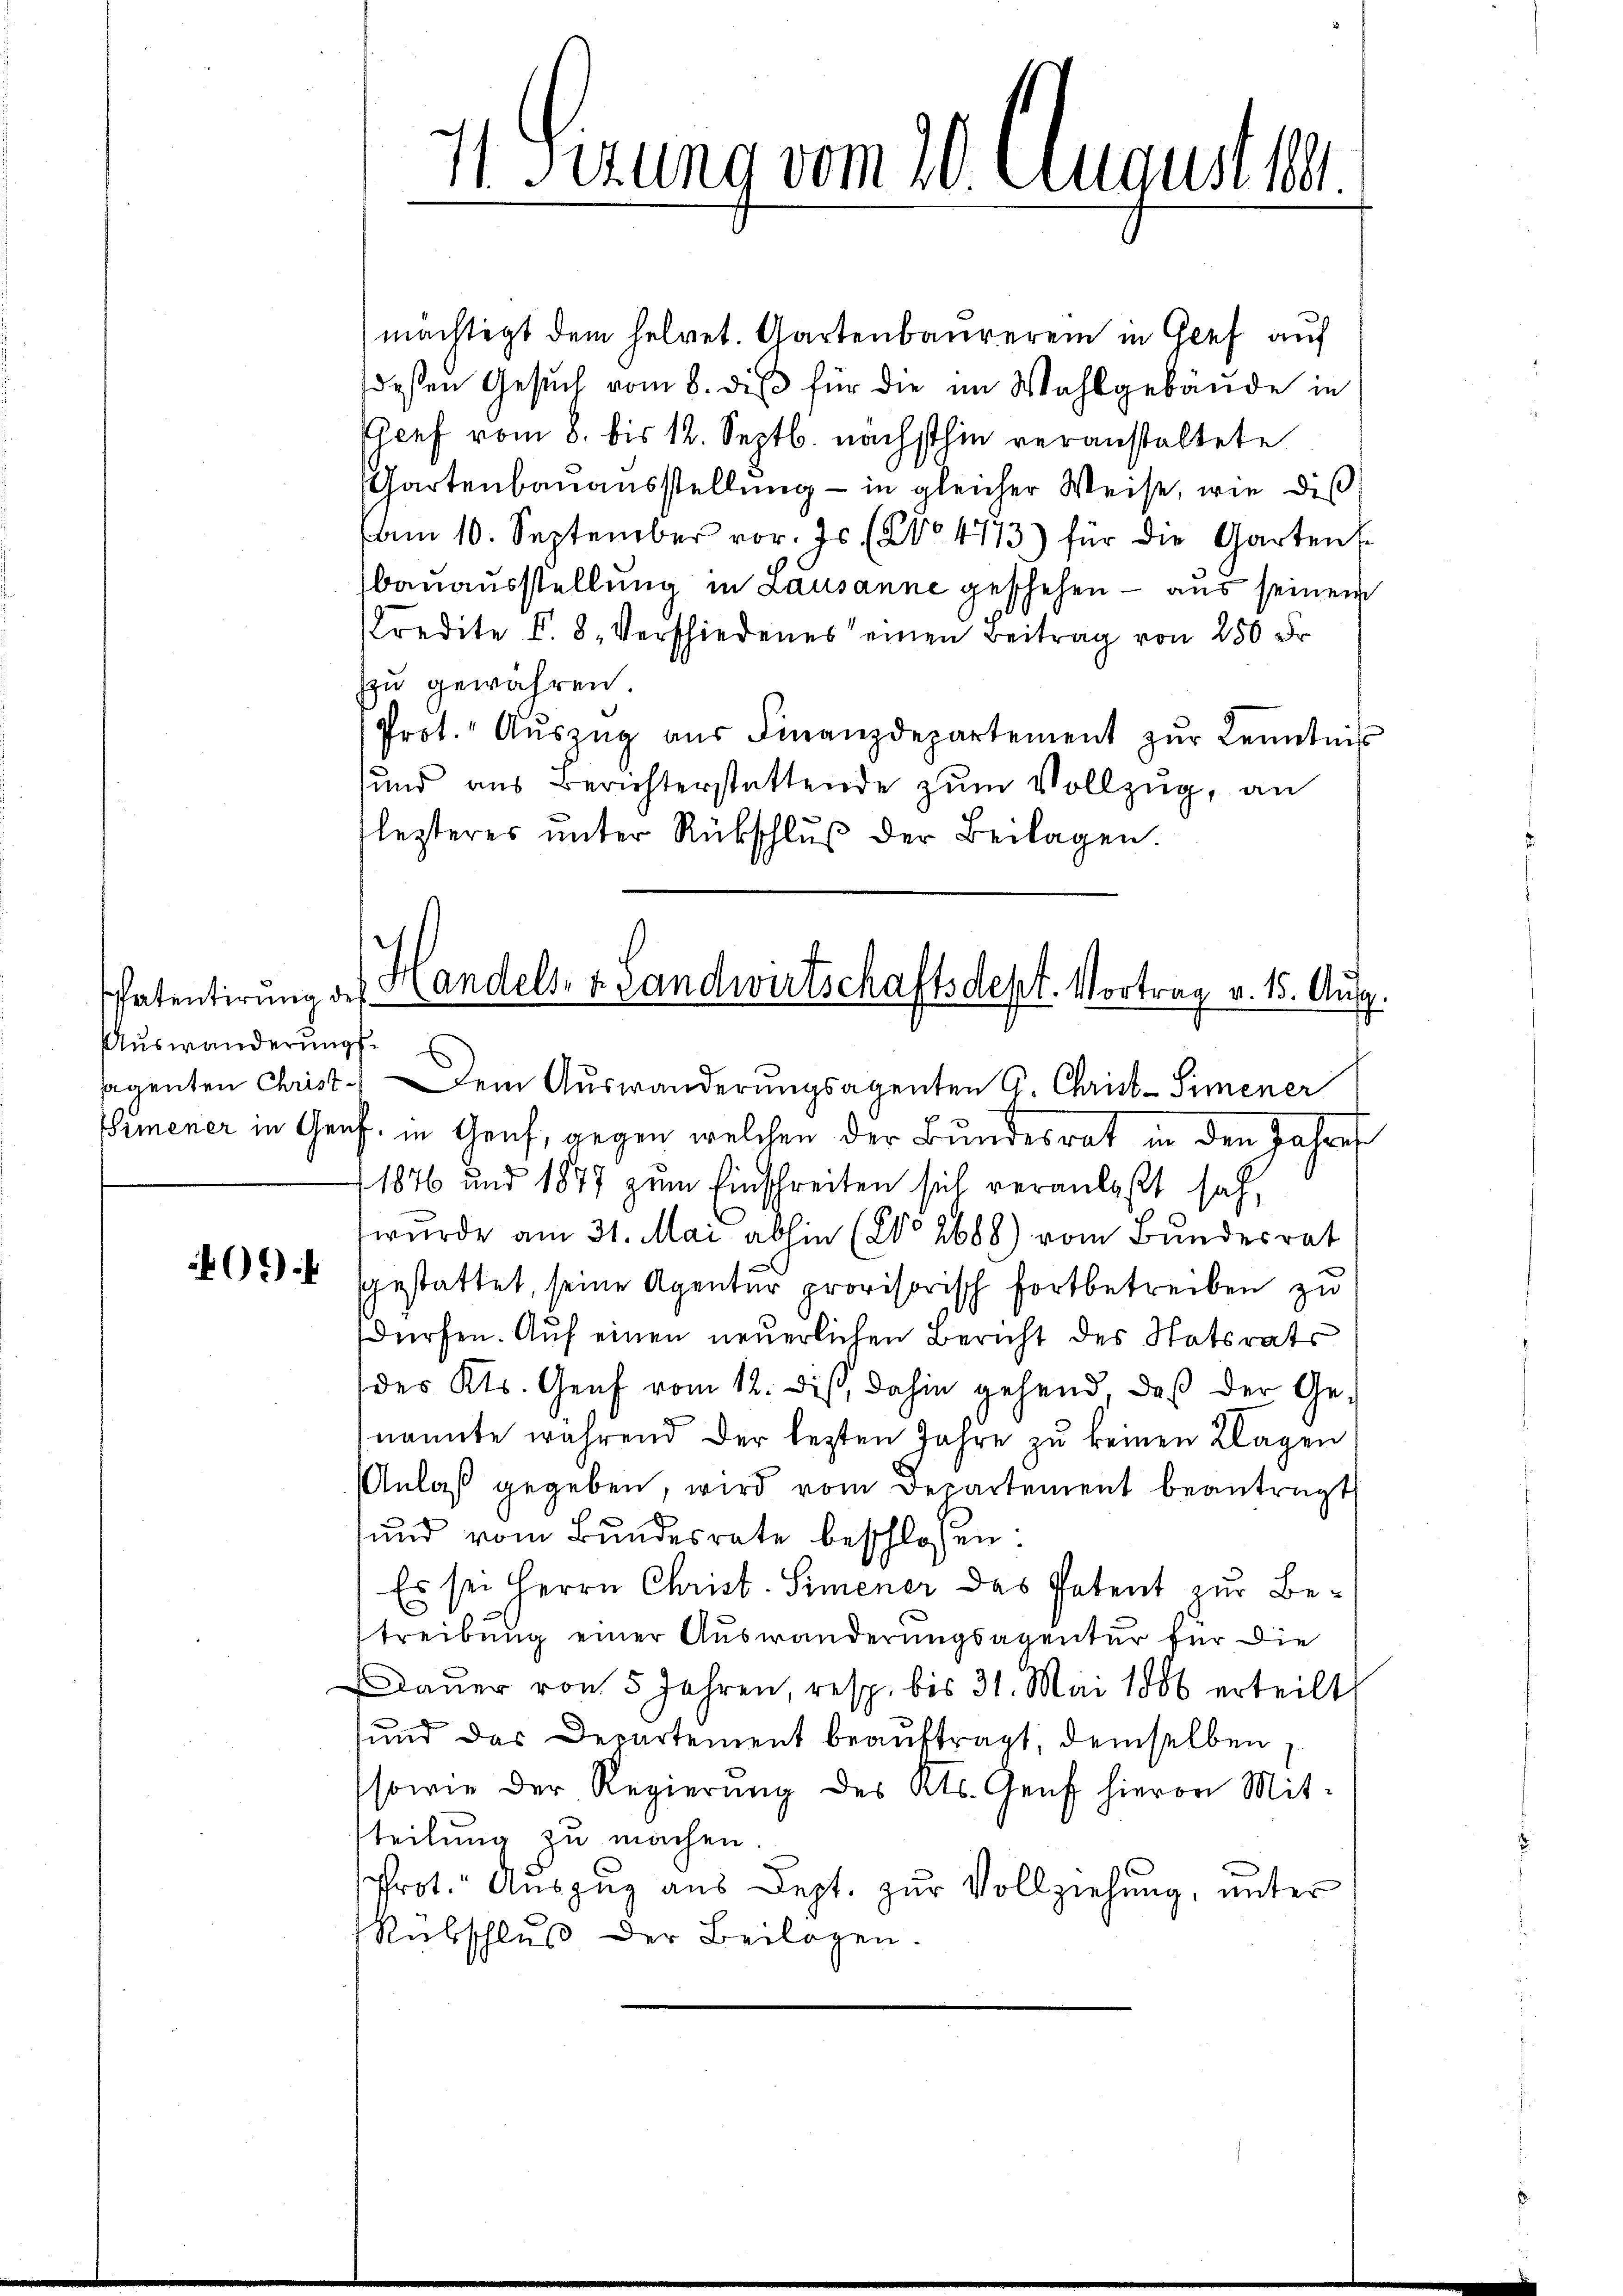
spatentirung des
Auswanderungs¬

mächtigt dem helvet. Gartenbaureren in Genf auf
deßen Gesŭch vom 8. diβ für die im Wahlgebäude in
Chef vom 8. bis 12. Septb. nächsthin veranstaltete
Gartenbauausstellung - in gleicher Weise, wie dis
am 10. September vor. Js. (No 473) für die Gartens
bauausstellung in Lausanne geschehen — aus seinem
Credite V. 8. Verschiedenes einen Beitrag von 250 Fr.
zzu gewähren.
Prot. Aŭszŭg aŭs Finanzdepartement zŭr Kenntnis
sund aus Berichterstattende zum Vollzug, an
lezteres ŭnter Rückschlŭβ der Beilagen.

11. Sizung vom 20. August 19.

Handels- & Landwirtschaftsdept. Vortrag v. 15. Ausg.
sagenten Christ.) Dem Auswanderungsagenten G. Christ-Simener

emener in Genf, in Genf, gegen welchen der Bundesrat in den Jahres
1876 und 1877 zum Einschreiten sich veranlaßt sah,
wurde am 31. Mai abhin (2° 2688) vom Bundesrat
05) sgestattet, seine Agentur provisorisch fortbetreiben zu
dürfen. Auf einen neuerlichen Bericht des Statsrats
des Kts. Genf vom 12. diβ, dahin gehend, daß der Genannte während der lezten Jahre zu keinen Klagen
Anlaß gegeben, wird vom Departement beantragt
und vom Bundesrate beschlossen:
Es sei Herrn Christ. Simener des Patent zur Betreibung einer Auswanderungsagentur für die
Daŭer von 5 Jahren, resp. bis 31. Mai 1886 erteilt
und das Departement beaŭftragt, demselben
sowie der Regierŭng des Kts. Genf hievon Mit-
tteilung zu machen.
rot. Auszug aus Dept. zur Vollziehung, unter
Rübschluß der Beilagen.